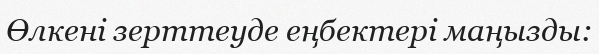
Өлкені зерттеуде еңбектері маңызды: